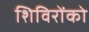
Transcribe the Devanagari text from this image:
शिविरोंको